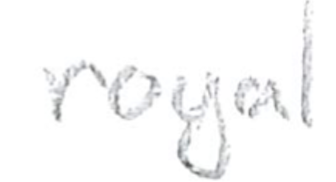
Text: royal
Cross-out: clean
Writing tool: pencil